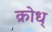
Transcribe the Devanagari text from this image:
क्रोध्